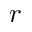
r